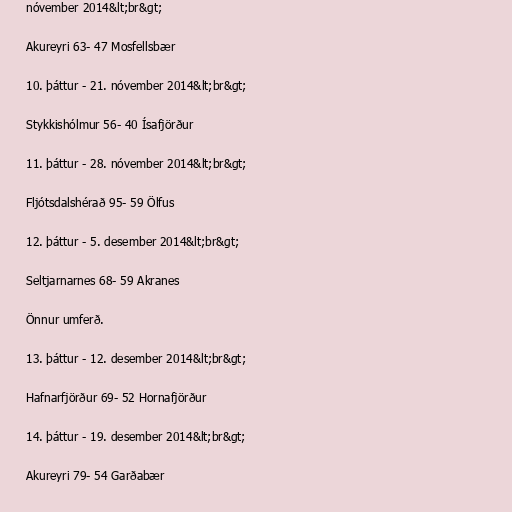
nóvember 2014&lt;br&gt;

Akureyri 63- 47 Mosfellsbær

10. þáttur - 21. nóvember 2014&lt;br&gt;

Stykkishólmur 56- 40 Ísafjörður

11. þáttur - 28. nóvember 2014&lt;br&gt;

Fljótsdalshérað 95- 59 Ölfus

12. þáttur - 5. desember 2014&lt;br&gt;

Seltjarnarnes 68- 59 Akranes

Önnur umferð.

13. þáttur - 12. desember 2014&lt;br&gt;

Hafnarfjörður 69- 52 Hornafjörður

14. þáttur - 19. desember 2014&lt;br&gt;

Akureyri 79- 54 Garðabær